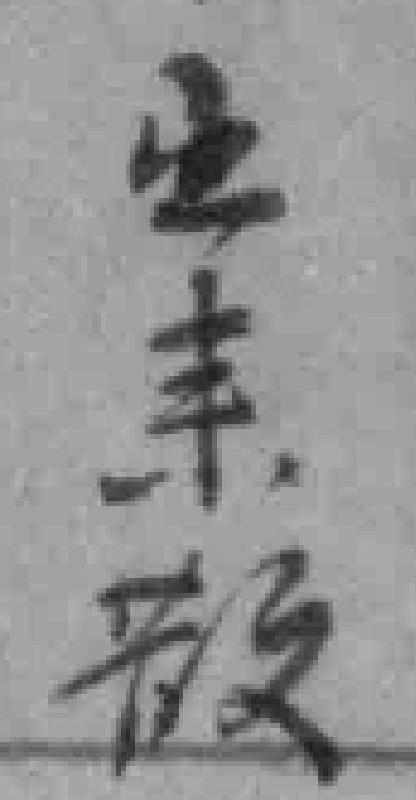
出来散